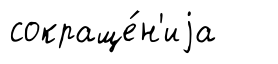
сокраще́н'иjа